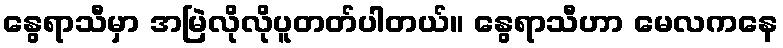
နွေရာသီမှာ အမြဲလိုလိုပူတတ်ပါတယ်။ နွေရာသီဟာ မေလကနေ